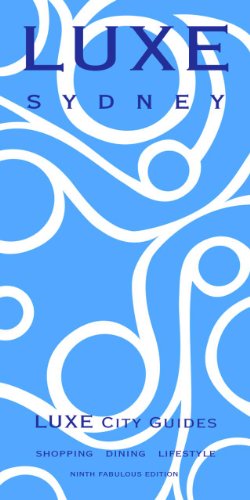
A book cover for LUXE Sydney (LUXE City Guides); LUXE City Guides; Travel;